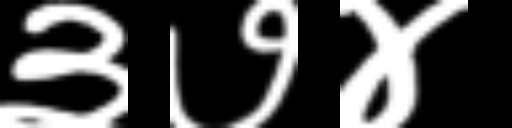
Text: ३७४